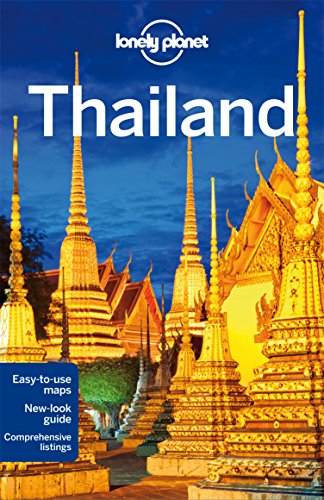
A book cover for Lonely Planet Thailand (Travel Guide); Lonely Planet; Travel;